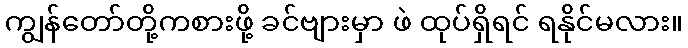
ကျွန်တော်တို့ကစားဖို့ ခင်ဗျားမှာ ဖဲ ထုပ်ရှိရင် ရနိုင်မလား။